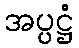
အပ္ပဋ္ဌံ